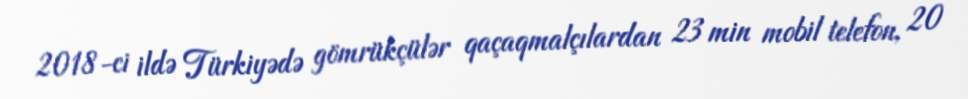
2018-ci ildə Türkiyədə gömrükçülər qaçaqmalçılardan 23 min mobil telefon, 20